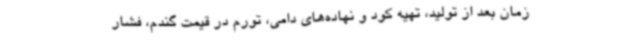
زمان بعد از تولید، تهیه کود و نهاده‌های دامی، تورم در قیمت گندم، فشار